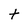
Character: t